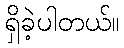
ရှိခဲ့ပါတယ်။